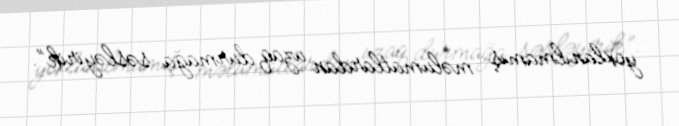
yoxlanılmamış məlumatlardan uzaq durmağa səsləyirik”.